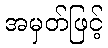
အမှတ်ဖြင့်